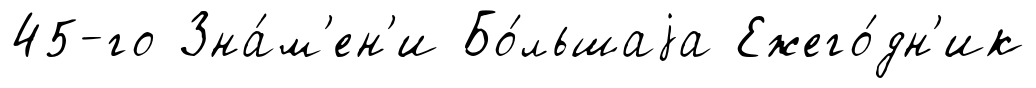
45-го Зна́м'ен'и Бо́льшаjа Ежего́дн'ик